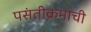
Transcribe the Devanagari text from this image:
पसंतीक्रमाची